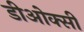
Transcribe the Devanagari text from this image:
डीओक्सी